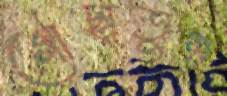
গোছাতুম